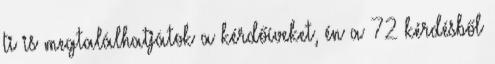
ti is megtalálhatjátok a kérdőíveket, én a 72 kérdésből